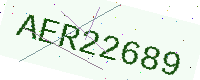
Text: AER22689